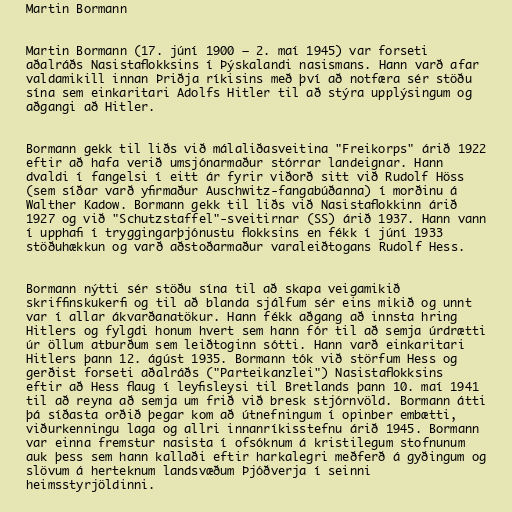
Martin Bormann

Martin Bormann (17. júní 1900 – 2. maí 1945) var forseti
aðalráðs Nasistaflokksins í Þýskalandi nasismans. Hann varð afar
valdamikill innan Þriðja ríkisins með því að notfæra sér stöðu
sína sem einkaritari Adolfs Hitler til að stýra upplýsingum og
aðgangi að Hitler.

Bormann gekk til liðs við málaliðasveitina "Freikorps" árið 1922
eftir að hafa verið umsjónarmaður stórrar landeignar. Hann
dvaldi í fangelsi í eitt ár fyrir viðorð sitt við Rudolf Höss
(sem síðar varð yfirmaður Auschwitz-fangabúðanna) í morðinu á
Walther Kadow. Bormann gekk til liðs við Nasistaflokkinn árið
1927 og við "Schutzstaffel"-sveitirnar (SS) árið 1937. Hann vann
í upphafi í tryggingarþjónustu flokksins en fékk í júní 1933
stöðuhækkun og varð aðstoðarmaður varaleiðtogans Rudolf Hess.

Bormann nýtti sér stöðu sína til að skapa veigamikið
skriffinskukerfi og til að blanda sjálfum sér eins mikið og unnt
var í allar ákvarðanatökur. Hann fékk aðgang að innsta hring
Hitlers og fylgdi honum hvert sem hann fór til að semja úrdrætti
úr öllum atburðum sem leiðtoginn sótti. Hann varð einkaritari
Hitlers þann 12. ágúst 1935. Bormann tók við störfum Hess og
gerðist forseti aðalráðs ("Parteikanzlei") Nasistaflokksins
eftir að Hess flaug í leyfisleysi til Bretlands þann 10. maí 1941
til að reyna að semja um frið við bresk stjórnvöld. Bormann átti
þá síðasta orðið þegar kom að útnefningum í opinber embætti,
viðurkenningu laga og allri innanríkisstefnu árið 1945. Bormann
var einna fremstur nasista í ofsóknum á kristilegum stofnunum
auk þess sem hann kallaði eftir harkalegri meðferð á gyðingum og
slövum á herteknum landsvæðum Þjóðverja í seinni
heimsstyrjöldinni.